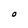
Character: O